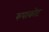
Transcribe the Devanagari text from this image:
रुपाकोट